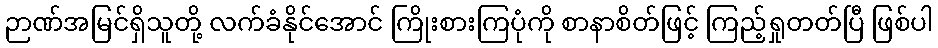
ဉာဏ်အမြင်ရှိသူတို့ လက်ခံနိုင်အောင် ကြိုးစားကြပုံကို စာနာစိတ်ဖြင့် ကြည့်ရှုတတ်ပြီ ဖြစ်ပါ